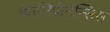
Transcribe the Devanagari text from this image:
फिलिपीनेन्सिस